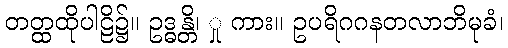
တတ္ထထိုပါဠိ၌။ ဥဒ္ဓန္တိ၊ ှု ကား။ ဥပရိဂဂနတလာဘိမုခံ၊